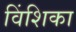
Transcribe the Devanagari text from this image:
विंशिका